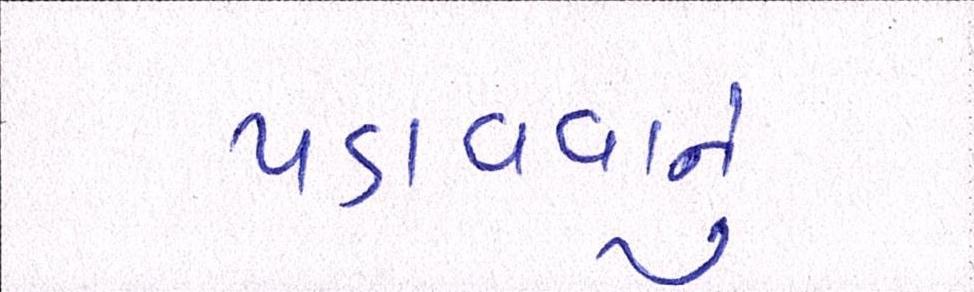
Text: પડાવવાનું